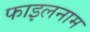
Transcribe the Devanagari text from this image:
फाइलनाम